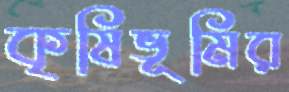
কৃষিভূমির